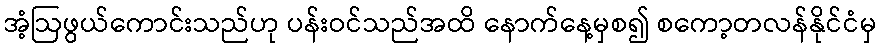
အံ့ဩဖွယ်ကောင်းသည်ဟု ပန်းဝင်သည်အထိ နောက်နေ့မှစ၍ စကော့တလန်နိုင်ငံမှ